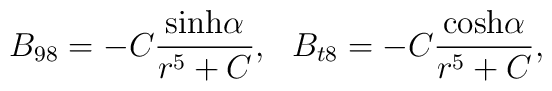
B_{98} = - C {{{\rm sinh}\alpha}\over{r^5 + C}}, \>\>\>B_{t8} = - C {{{\rm cosh}\alpha}\over{r^5 + C}},